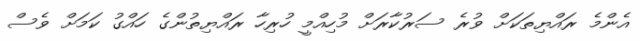
އެންމެ ރައްޔިތަކަށް ވުރެ ސަރުކާރަށް މުހިއްމީ ހުރިހާ ރައްޔިތުންގެ ހައްގު ކަމަށް ވެސް